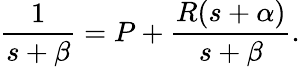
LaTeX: {\frac{1}{s+\beta}}=P+{\frac{R(s+\alpha)}{s+\beta}}.